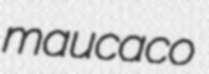
maucaco